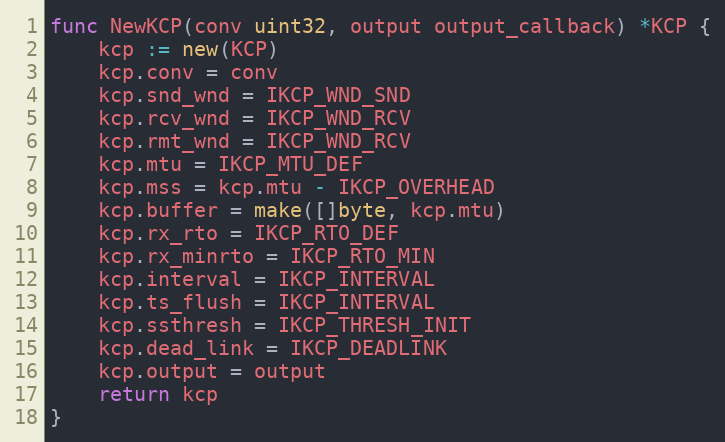
Language: Go
func NewKCP(conv uint32, output output_callback) *KCP {
	kcp := new(KCP)
	kcp.conv = conv
	kcp.snd_wnd = IKCP_WND_SND
	kcp.rcv_wnd = IKCP_WND_RCV
	kcp.rmt_wnd = IKCP_WND_RCV
	kcp.mtu = IKCP_MTU_DEF
	kcp.mss = kcp.mtu - IKCP_OVERHEAD
	kcp.buffer = make([]byte, kcp.mtu)
	kcp.rx_rto = IKCP_RTO_DEF
	kcp.rx_minrto = IKCP_RTO_MIN
	kcp.interval = IKCP_INTERVAL
	kcp.ts_flush = IKCP_INTERVAL
	kcp.ssthresh = IKCP_THRESH_INIT
	kcp.dead_link = IKCP_DEADLINK
	kcp.output = output
	return kcp
}